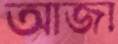
আজা